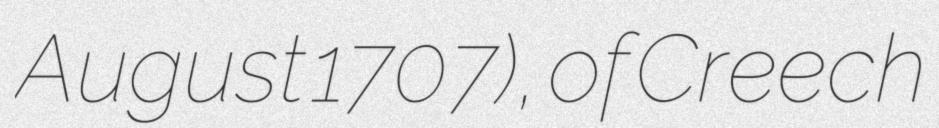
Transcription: August 1707), of Creech